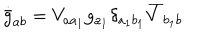
\dot { \bar { g } } _ { a b } = V _ { a a _ { 1 } } g _ { a _ { 1 } } \delta _ { a _ { 1 } b _ { 1 } } \overline { { { V } } } _ { b _ { 1 } b }